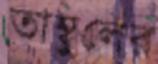
তাম্বুলের